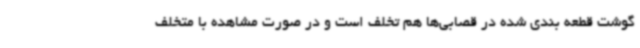
گوشت‌ قطعه بندی شده در قصابی‌ها هم تخلف است و در صورت مشاهده با متخلف